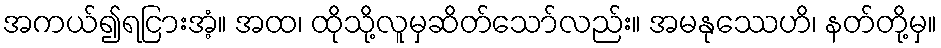
အကယ်၍ရငြားအံ့။ အထ၊ ထိုသို့လူမှဆိတ်သော်လည်း။ အမနုဿေဟိ၊ နတ်တို့မှ။